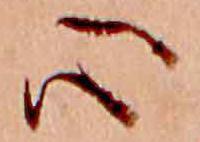
心